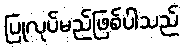
ပြုလုပ်မည်ဖြစ်ပါသည်